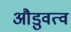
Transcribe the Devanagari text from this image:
औडुवत्व